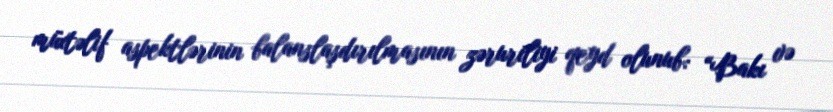
müxtəlif aspektlərinin balanslaşdırılmasının zəruriliyi qeyd olunub: “Bakı və